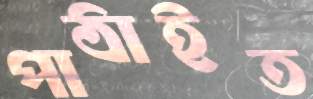
পাঠাইত